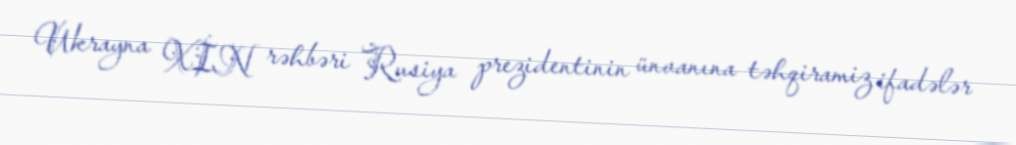
Ukrayna XİN rəhbəri Rusiya prezidentinin ünvanına təhqiramiz ifadələr